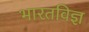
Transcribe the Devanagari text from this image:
भारतविज्ञ